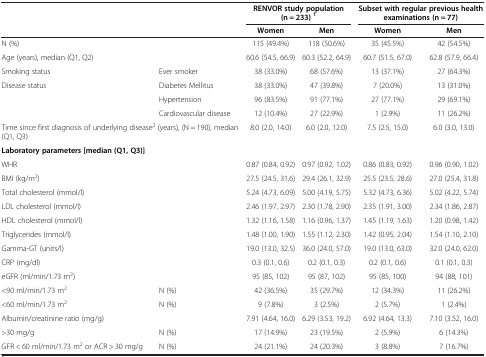
<table><thead><tr><td colspan="2"><b> </b></td><td colspan="2"><b>RENVOR study population (n = 233) <sup>1</sup></b></td><td colspan="2"><b>Subset with regular previous health examinations (n = 77)</b></td></tr><tr><td colspan="2"><b> </b></td><td><b>Women</b></td><td><b>Men</b></td><td><b>Women</b></td><td><b>Men</b></td></tr></thead><tbody><tr><td colspan="2">N (%)</td><td>115 (49.4%)</td><td>118 (50.6%)</td><td>35 (45.5%)</td><td>42 (54.5%)</td></tr><tr><td colspan="2">Age (years), median (Q1, Q2)</td><td>60.6 (54.5, 66.9)</td><td>60.3 (52.2, 64.9)</td><td>60.7 (51.5, 67.0)</td><td>62.8 (57.9, 66.4)</td></tr><tr><td>Smoking status</td><td>Ever smoker</td><td>38 (33.0%)</td><td>68 (57.6%)</td><td>13 (37.1%)</td><td>27 (64.3%)</td></tr><tr><td rowspan="3">Disease status</td><td>Diabetes Mellitus</td><td>38 (33.0%)</td><td>47 (39.8%)</td><td>7 (20.0%)</td><td>13 (31.0%)</td></tr><tr><td>Hypertension</td><td>96 (83.5%)</td><td>91 (77.1%)</td><td>27 (77.1%)</td><td>29 (69.1%)</td></tr><tr><td>Cardiovascular disease</td><td>12 (10.4%)</td><td>27 (22.9%)</td><td>1 (2.9%)</td><td>11 (26.2%)</td></tr><tr><td colspan="2">Time since first diagnosis of underlying disease<sup>2</sup> (years), (N = 190), median (Q1, Q3)</td><td>8.0 (2.0, 14.0)</td><td>6.0 (2.0, 12.0)</td><td>7.5 (2.5, 15.0)</td><td>6.0 (3.0, 13.0)</td></tr><tr><td colspan="2"><b>Laboratory parameters [median (Q1, Q3)]</b></td><td> </td><td> </td><td> </td><td> </td></tr><tr><td>WHR</td><td> </td><td>0.87 (0.84, 0.92)</td><td>0.97 (0.92, 1.02)</td><td>0.86 (0.83, 0.92)</td><td>0.96 (0.90, 1.02)</td></tr><tr><td>BMI (kg/m<sup>2</sup>)</td><td> </td><td>27.5 (24.5, 31.6)</td><td>29.4 (26.1, 32.9)</td><td>25.5 (23.5, 28.6)</td><td>27.0 (25.4, 31.8)</td></tr><tr><td>Total cholesterol (mmol/l)</td><td> </td><td>5.24 (4.73, 6.09)</td><td>5.00 (4.19, 5.75)</td><td>5.32 (4.73, 6.36)</td><td>5.02 (4.22, 5.74)</td></tr><tr><td>LDL cholesterol (mmol/l)</td><td> </td><td>2.46 (1.97, 2.97)</td><td>2.30 (1.78, 2.90)</td><td>2.35 (1.91, 3.00)</td><td>2.34 (1.86, 2.87)</td></tr><tr><td>HDL cholesterol (mmol/l)</td><td> </td><td>1.32 (1.16, 1.58)</td><td>1.16 (0.96, 1.37)</td><td>1.45 (1.19, 1.63)</td><td>1.20 (0.98, 1.42)</td></tr><tr><td>Triglycerides (mmol/l)</td><td> </td><td>1.48 (1.00, 1.90)</td><td>1.55 (1.12, 2.30)</td><td>1.42 (0.95, 2.04)</td><td>1.54 (1.10, 2.10)</td></tr><tr><td>Gamma-GT (units/l)</td><td> </td><td>19.0 (13.0, 32.5)</td><td>36.0 (24.0, 57.0)</td><td>19.0 (13.0, 63.0)</td><td>32.0 (24.0, 62.0)</td></tr><tr><td>CRP (mg/dl)</td><td> </td><td>0.3 (0.1, 0.6)</td><td>0.2 (0.1, 0.3)</td><td>0.2 (0.1, 0.6)</td><td>0.1 (0.1, 0.3)</td></tr><tr><td>eGFR (ml/min/1.73 m<sup>2</sup>)</td><td> </td><td>95 (85, 102)</td><td>95 (87, 102)</td><td>95 (85, 100)</td><td>94 (88, 101)</td></tr><tr><td>&lt;90 ml/min/1.73 m<sup>2</sup></td><td>N (%)</td><td>42 (36.5%)</td><td>35 (29.7%)</td><td>12 (34.3%)</td><td>11 (26.2%)</td></tr><tr><td>&lt;60 ml/min/1.73 m<sup>2</sup></td><td>N (%)</td><td>9 (7.8%)</td><td>3 (2.5%)</td><td>2 (5.7%)</td><td>1 (2.4%)</td></tr><tr><td>Albumin/creatinine ratio (mg/g)</td><td> </td><td>7.91 (4.64, 16.0)</td><td>6.29 (3.53, 19.2)</td><td>6.92 (4.64, 13.3)</td><td>7.10 (3.52, 16.0)</td></tr><tr><td>&gt;30 mg/g</td><td>N (%)</td><td>17 (14.9%)</td><td>23 (19.5%)</td><td>2 (5.9%)</td><td>6 (14.3%)</td></tr><tr><td>GFR &lt; 60 ml/min/1.73 m<sup>2</sup> or ACR &gt; 30 mg/g</td><td>N (%)</td><td>24 (21.1%)</td><td>24 (20.3%)</td><td>3 (8.8%)</td><td>7 (16.7%)</td></tr></tbody></table>